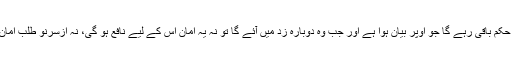
اگر وہ ایمان نہ قبول کرے گا تو اس کے لیے وہی حکم باقی رہے گا جو اوپر بیان ہوا ہے اور جب وہ دوبارہ زد میں آئے گا تو نہ یہ امان اس کے لیے نافع ہو گی، نہ ازسرنو طلب امان کی اس کے لیے کوئی گنجائش ہی باقی رہے گی۔